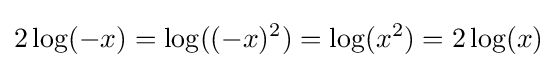
2\log(-x)=\log((-x)^{2})=\log(x^{2})=2\log(x)